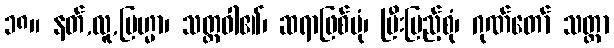
၁၈။ နတ်,လူ,ဗြဟ္မာ၊ သတ္တဝါ၏၊ ဆရာဖြစ်ပုံ၊ ပြီးပြည့်စုံ၊ ဂုဏ်တော် သတ္ထာ